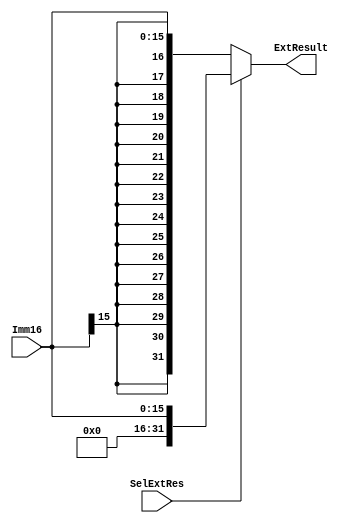
`timescale 1ns / 1ps
`define EXT_sign 1'b0
`define EXT_zero 1'b1
module D_Extender(
    input [15:0] Imm16,
    input SelExtRes,
    output [31:0] ExtResult
);
    wire [31:0] ExtResult_Zero_ext = {16'b0, Imm16}; // any time declare a wire must declare its width!!!
    wire [31:0] ExtResult_Sign_ext = {{16{Imm16[15]}}, Imm16};
    assign ExtResult = (SelExtRes == `EXT_zero) ? ExtResult_Zero_ext : ExtResult_Sign_ext;
endmodule //Extender